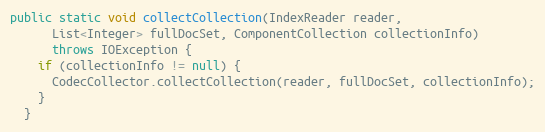
Language: Java
public static void collectCollection(IndexReader reader,
      List<Integer> fullDocSet, ComponentCollection collectionInfo)
      throws IOException {
    if (collectionInfo != null) {
      CodecCollector.collectCollection(reader, fullDocSet, collectionInfo);
    }
  }